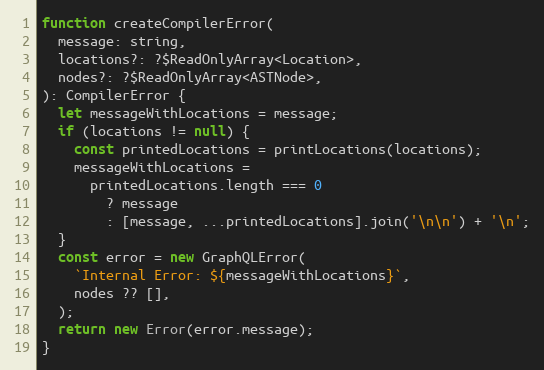
Language: JavaScript
function createCompilerError(
  message: string,
  locations?: ?$ReadOnlyArray<Location>,
  nodes?: ?$ReadOnlyArray<ASTNode>,
): CompilerError {
  let messageWithLocations = message;
  if (locations != null) {
    const printedLocations = printLocations(locations);
    messageWithLocations =
      printedLocations.length === 0
        ? message
        : [message, ...printedLocations].join('\n\n') + '\n';
  }
  const error = new GraphQLError(
    `Internal Error: ${messageWithLocations}`,
    nodes ?? [],
  );
  return new Error(error.message);
}